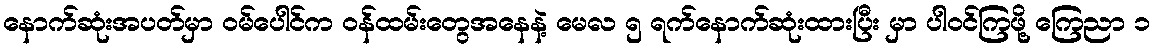
နောက်ဆုံးအပတ်မှာ ဝမ်ပေါင်က ဝန်ထမ်းတွေအနေနဲ့ မေလ ၅ ရက်နောက်ဆုံးထားပြီး မှာ ပါဝင်ကြဖို့ ကြေညာ ၁